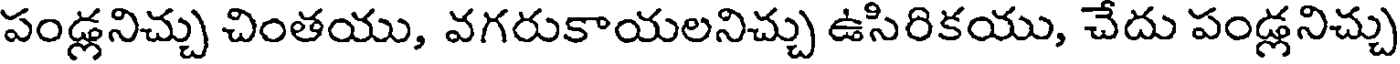
పండ్లనిచ్చు చింతయు, వగరుకాయలనిచ్చు ఉసిరికయు, చేదు పండ్లనిచ్చు